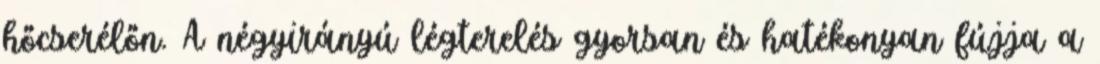
hőcserélőn. A négyirányú légterelés gyorsan és hatékonyan fújja a